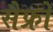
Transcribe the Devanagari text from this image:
सैफ्रों